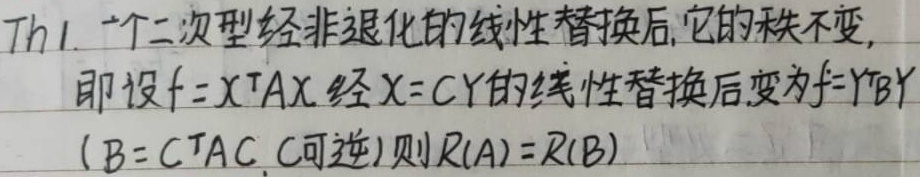
Th1. 一个二次型经非退化的线性替换后，它的秩不变，即设\(f = X^{T}AX\)经\(X = CY\)的线性替换后变为\(f = Y^{T}BY\)（\(B = C^{T}AC\)，\(C\)可逆），则\(R(A)=R(B)\)